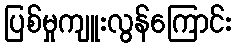
ပြစ်မှုကျူးလွန်ကြောင်း